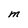
Character: M